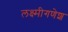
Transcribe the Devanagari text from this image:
लक्ष्मीगणेश